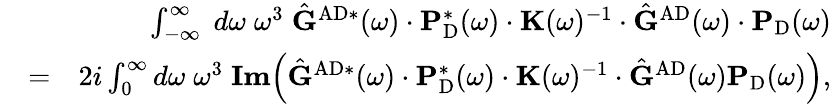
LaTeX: \begin{array}{rlr}&{}&{\int_{-\infty}^{\infty}\; d\omega\; \omega^{3}\; \hat{\mathbf{G}}^{\mathrm{AD}*}(\omega)\cdot\mathbf{P}_{\mathrm{D}}^{*}(\omega)\cdot\mathbf{K}(\omega)^{-1}\cdot\hat{\mathbf{G}}^{\mathrm{AD}}(\omega)\cdot\mathbf{P}_{\mathrm{D}}(\omega)}\\ &{=}&{2i\int_{0}^{\infty}d\omega\; \omega^{3}\; \textbf{Im}\Big(\hat{\mathbf{G}}^{\mathrm{AD}*}(\omega)\cdot\mathbf{P}_{\mathrm{D}}^{*}(\omega)\cdot\mathbf{K}(\omega)^{-1}\cdot\hat{\mathbf{G}}^{\mathrm{AD}}(\omega)\mathbf{P}_{\mathrm{D}}(\omega)\Big),}\end{array}